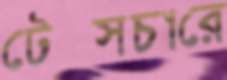
টেক্সচারে